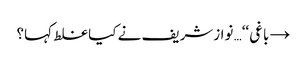
→ باغی‘‘… نوازشریف نے کیا غلط کہا؟